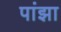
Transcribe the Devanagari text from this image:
पांझा